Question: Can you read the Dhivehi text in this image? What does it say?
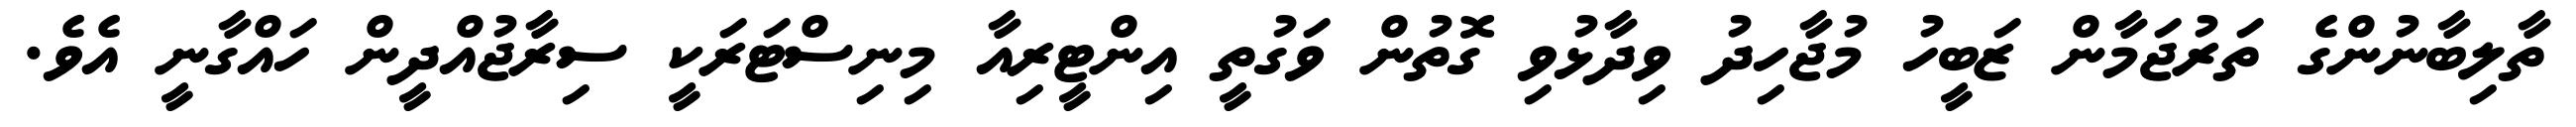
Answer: ތާލިބާނުންގެ ތަރުޖަމާން ޒަބީހު މުޖާހިދު ވިދާޅުވި ގޮތުން ވަގުތީ އިންޓީރިއާ މިނިސްޓަރަކީ ސިރާޖުއްދީން ހައްގާނީ އެވެ.